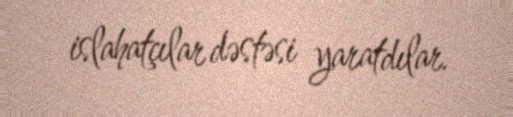
islahatçılar dəstəsi yaratdılar.